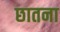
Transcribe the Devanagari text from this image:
छातना